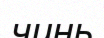
чинь